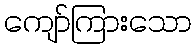
ကျော်ကြားသော